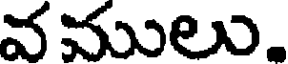
వములు.